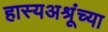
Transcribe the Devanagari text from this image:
हास्यअश्रूंच्या